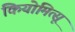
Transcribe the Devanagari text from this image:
कियोमित्सू